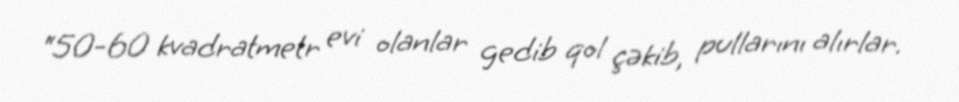
“50-60 kvadratmetr evi olanlar gedib qol çəkib, pullarını alırlar.